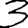
Digit: 3